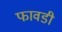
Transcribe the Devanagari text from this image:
फावडी